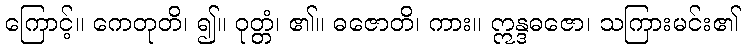
ကြောင့်။ ကေတုတိ၊ ၍။ ဝုတ္တံ၊ ၏။ ဓဇောတိ၊ ကား။ ဣန္ဒဓဇော၊ သကြားမင်း၏